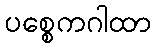
ပစ္စေကဂါထာ